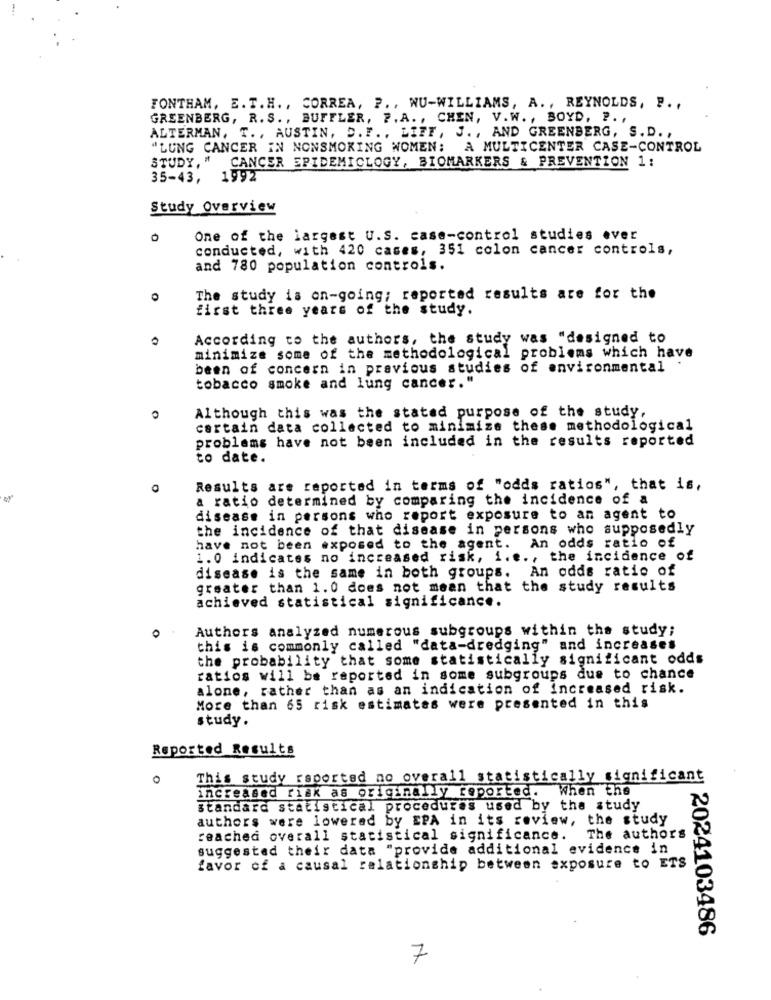
FONTHAM, E. T.H ., CORREA, P ., WU-WILLIAMS, A ., REYNOLDS, P. ,
GREENBERG, R. S. , BUFFLER, 7. A. , CHEN, V. W. , BOYD. P. ,
ALTERMAN, T ., AUSTIN, D. F ., LIEF, J ., AND GREENBERG, S. D. ,
"LUNG CANCER IN NONSMOKING WOMEN:
A MULTICENTER CASE-CONTROL
STUDY, "
CANCER EPIDEMIOLOGY, BIOMARKERS & PREVENTION 1:
35-43, 1992
Study Overview
0
One of the largest U.S. case-control studies ever
conducted, with 420 cases, 351 colon cancer controls,
and 780 population controls.
The study is on-going; reported results are for the
first three years of the study.
According to the authors, the study was "designed to
minimize some of the methodological problems which have
been of concern in previous studies of environmental
tobacco smoke and lung cancer."
Although this was the stated purpose of the study,
O
certain data collected to minimize these methodological
problems have not been included in the results reported
to date.
Results are reported in terms of "odds ratios", that is,
a ratio determined by comparing the incidence of a
disease in persons who report exposure to an agent to
the incidence of that disease in persons who supposedly
have not been exposed to the agent. An odds ratio of
1.0 indicates no increased risk, i.e ., the incidence of
disease is the same in both groups. An odds ratio of
greater than 1.0 does not mean that the study results
achieved statistical significance.
O
Authors analyzed numerous subgroups within the study;
this is commonly called "data-dredging" and increases
the probability that some statistically significant odds
ratios will be reported in some subgroups due to chance
alone, rather than as an indication of increased risk.
More than 65 risk estimates were presented in this
study.
Reported Results
0
This study reported no overall statistically significant
increased risk as originally reported. When the
Standard statistical procedures used by the study
authors were lowered by EPA in its review, the study
reached overall statistical significance. The authors
suggested their data "provide additional evidence in
favor of a causal relationship between exposure to ETS
|2024103486
7